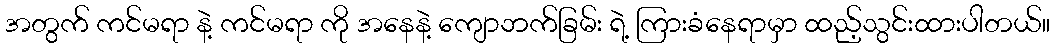
အတွက် ကင်မရာ နဲ့ ကင်မရာ ကို အနေနဲ့ ကျောဘက်ခြမ်း ရဲ့ ကြားခံနေရာမှာ ထည့်သွင်းထားပါတယ်။